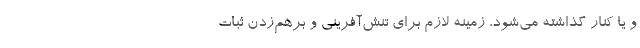
و یا کنار گذاشته می‌شود، زمینه لازم برای تنش‌آفرینی و برهم‌زدن ثبات